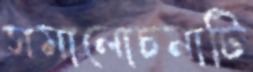
সমালোচনাটি